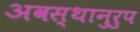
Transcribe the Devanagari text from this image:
अवस्थानुरुप